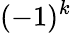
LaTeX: (-1)^{k}